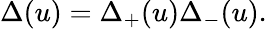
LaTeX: \Delta(u)=\Delta_{+}(u)\Delta_{-}(u).